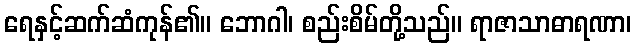
ရေနှင့်ဆက်ဆံကုန်၏။ ဘောဂါ၊ စည်းစိမ်တို့သည်။ ရာဇာသာဓာရဏာ၊